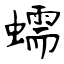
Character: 蠕